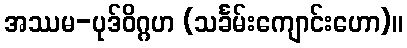
အဿမ-ပုဒ်ဝိဂ္ဂဟ (သင်္ခမ်းကျောင်းဟော)။